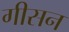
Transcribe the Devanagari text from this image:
गीसन